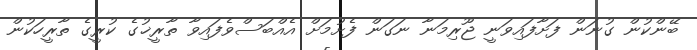
ބޭންކުން ގުނަން ފަށާފައިވަނީ ޖޫރިމަނާ ނަގަން ފެށުމަށް އެއްބަސްވެފައިވާ ތާރީޚުގެ ކުރީގެ ތާރީހަކުން